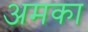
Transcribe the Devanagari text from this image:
अमका